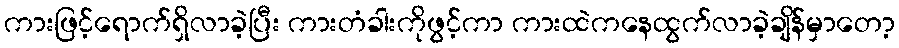
ကားဖြင့်ရောက်ရှိလာခဲ့ပြီး ကားတံခါးကိုဖွင့်ကာ ကားထဲကနေထွက်လာခဲ့ချိန်မှာတော့